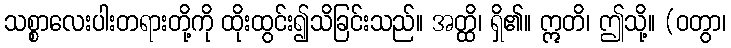
သစ္စာလေးပါးတရားတို့ကို ထိုးထွင်း၍သိခြင်းသည်။ အတ္ထိ၊ ရှိ၏။ ဣတိ၊ ဤသို့။ (ဝတွာ၊